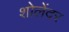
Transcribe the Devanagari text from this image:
शोलेंदर